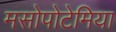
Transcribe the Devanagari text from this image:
मसोपोटेमिया